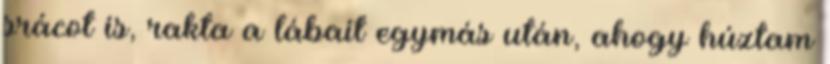
srácot is, rakta a lábait egymás után, ahogy húztam